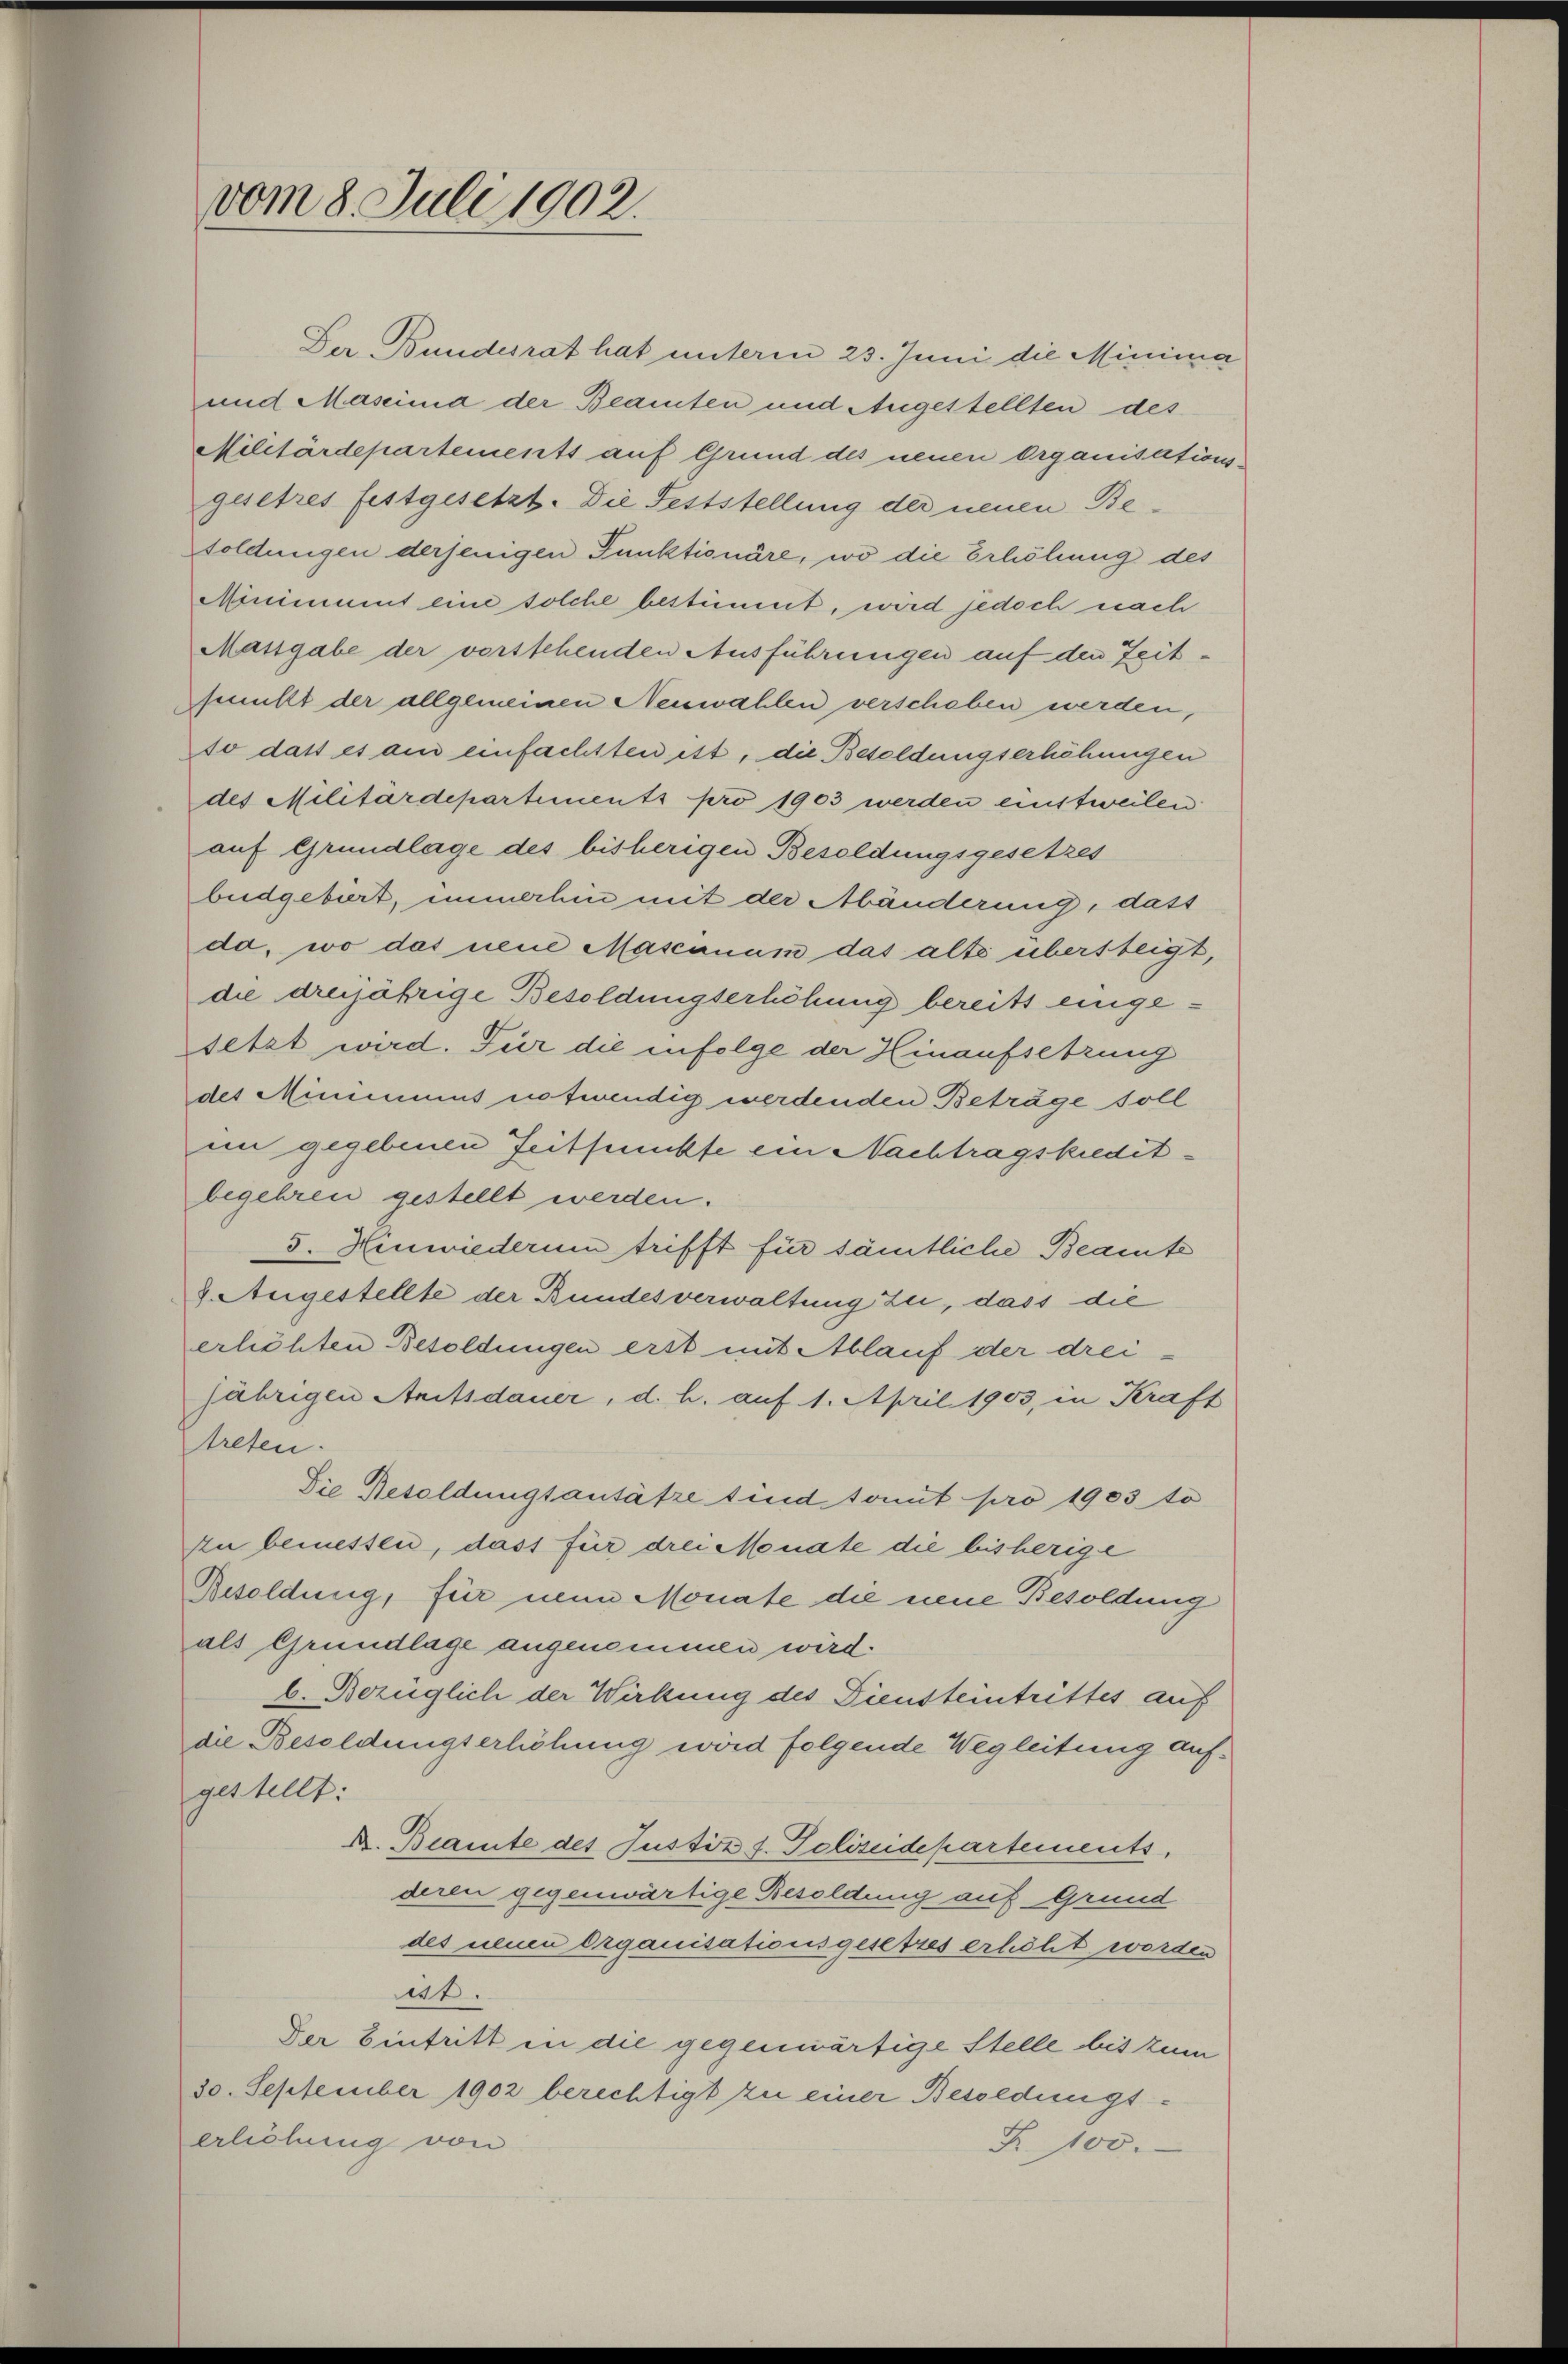
vom 8. Juli 1902.

Genicht der allgemeinen Neuwahlen verschaben werden,
so dass es aus einfachtten ist, die Besoldungserhöhungen
des Militärdepartements pro 1903 werden einstweilen
auf Grundlage des bisherigen Besoldungsgesetzes
buidgebiert, immerhin mit der Abänderung, dass
da, wo das neue Mascanum das alte übersteigt,
die dreijährige Besoldungserhöhung bereits eingesetzt wird. Für die infolge der Hinaufsetzung
des Minimus notwendig werdenden Beträge soll
in gegebenen Zeitsunckfe ein Nachtragskreditbegehren gestellt werden.
5. Hinwiederum trifft für sämtliche Beamte
8. Augestellte der Bundesverwaltung zu, dass die
erhöhten Besoldungen erst mit Ablauf der drei-
jährigen Amtsdauer, d. h. auf 1. April 1903, in Kraft
treten.
Die Resoldungsansätze sind somit pro 1903 to
zu bemessen, dass für drei Monate die bisherige
Resoldung, für neun Monate die neue Besoldung
als Grundlage angenommen wird.
b. Bezüglich der Wirkung des Diensteintrittes auf
die Besoldungserhöhung wird folgende Wegleitung aufgestellt:
K. Beamte des Justiz t. Polizeidepartements,
deren gegenwärtige Besoldung auf Grund
des neuen Organisationsgesetzes erhöht worden
at.
Der Eintritt in die gegenwärtige Stelle bis zum
30. September 1902 berechtigt zu einer Besoldungserlichung von
Z. 100.

Der Bundesrat hat unterm 23. Juni die Minima
und Massima der Beamten und Augestellten des
Militärdepartements auf Grund des neuen Organisations-
gesetzes festgesetzt. Die Feststellung der neuen Besoldungen derjenigen Punktionäre, wo die Erhöhung des
Minisimmt eine solche bestimmt, wird jedoch nach
Massgabe der vorstehenden Ausführungen auf den Zeit¬